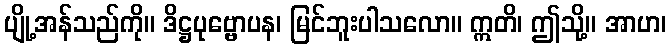
ပျို့အန်သည်ကို။ ဒိဋ္ဌပုဗ္ဗောပန၊ မြင်ဘူးပါသလော။ ဣတိ၊ ဤသို့။ အာဟ၊